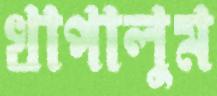
খাপালুম